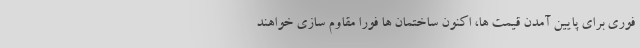
فوری برای پایین آمدن قیمت ها، اکنون ساختمان ها فورا مقاوم سازی خواهند